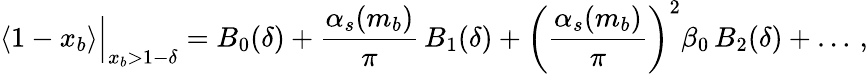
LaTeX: \langle 1-x_{b}\rangle\Big|_{x_{b}>1-\delta}=B_{0}(\delta)+\frac{\alpha_{s}(m_{b})}{\pi}\, B_{1}(\delta)+\bigg(\frac{\alpha_{s}(m_{b})}{\pi}\bigg)^{2}\beta_{0}\, B_{2}(\delta)+\ldots\, ,